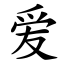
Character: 爱